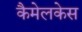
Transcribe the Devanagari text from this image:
कैमेलकेस